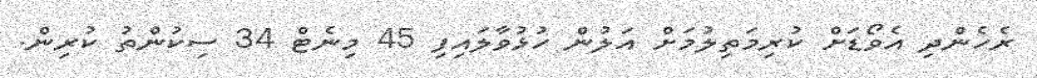
ރެހެންދި އެވޯޑަށް ކުރިމަތިލުމަށް އަލުން ހުޅުވާލައިފި 45 މިނެޓް 34 ސިކުންތު ކުރިން.